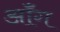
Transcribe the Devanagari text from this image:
ऑंग